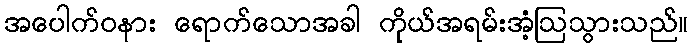
အပေါက်ဝနား ရောက်သောအခါ ကိုယ်အရမ်းအံ့ဩသွားသည်။